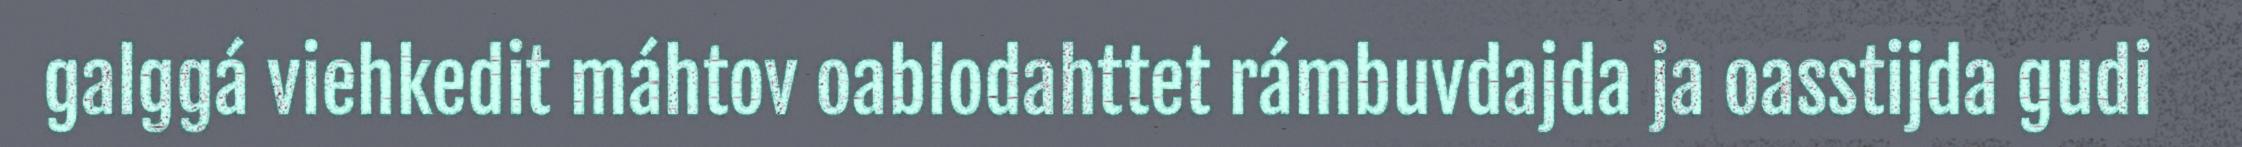
galggá viehkedit máhtov oablodahttet rámbuvdajda ja oasstijda gudi